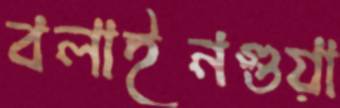
বলাইনগুয়া